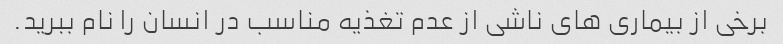
برخی از بیماری های ناشی از عدم تغذیه مناسب در انسان را نام ببرید.